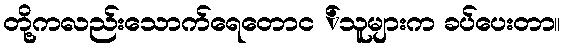
တို့ကလည်းသောက်ရေတောင ်သူများက ခပ်ပေးတာ။